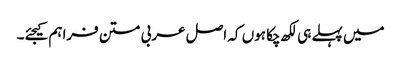
میں پہلے ہی لکھ چکا ہوں کہ اصل عربی متن فراہم کیجئے۔